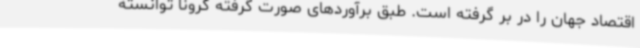
اقتصاد جهان را در بر گرفته است. طبق برآوردهای صورت گرفته کرونا توانسته